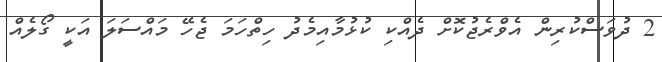
2 ދުވަަސްކުރިން އެވްރެޖުކޮށް ދެއްކި ކުޅުމާއިމެދު ހިތްހަމަ ޖެހޭ މައްސަލަ އަކީ ގޯލެއް